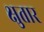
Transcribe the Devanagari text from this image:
क्षुतार